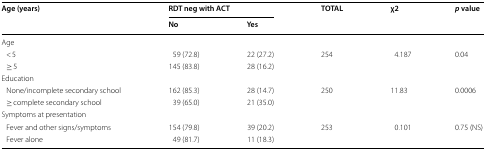
<table><thead><tr><td rowspan="2"><b>Age (years)</b></td><td colspan="2"><b>RDT neg with ACT</b></td><td rowspan="2"><b>TOTAL</b></td><td rowspan="2"><b>χ2</b></td><td rowspan="2"><b><i>p</i> value</b></td></tr><tr><td><b>No</b></td><td><b>Yes</b></td></tr></thead><tbody><tr><td colspan="6">Age</td></tr><tr><td> &lt; 5</td><td>59 (72.8)</td><td>22 (27.2)</td><td>254</td><td>4.187</td><td>0.04</td></tr><tr><td> ≥ 5</td><td>145 (83.8)</td><td>28 (16.2)</td><td></td><td></td><td></td></tr><tr><td colspan="6">Education</td></tr><tr><td> None/incomplete secondary school</td><td>162 (85.3)</td><td>28 (14.7)</td><td>250</td><td>11.83</td><td>0.0006</td></tr><tr><td> ≥ complete secondary school</td><td>39 (65.0)</td><td>21 (35.0)</td><td></td><td></td><td></td></tr><tr><td colspan="6">Symptoms at presentation</td></tr><tr><td> Fever and other signs/symptoms</td><td>154 (79.8)</td><td>39 (20.2)</td><td>253</td><td>0.101</td><td>0.75 (NS)</td></tr><tr><td> Fever alone</td><td>49 (81.7)</td><td>11 (18.3)</td><td></td><td></td><td></td></tr></tbody></table>